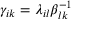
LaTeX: \gamma _ { i k } = \lambda _ { i l } \beta _ { l k } ^ { - 1 }